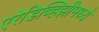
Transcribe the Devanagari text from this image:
एरेडिव्हिझीमध्ये